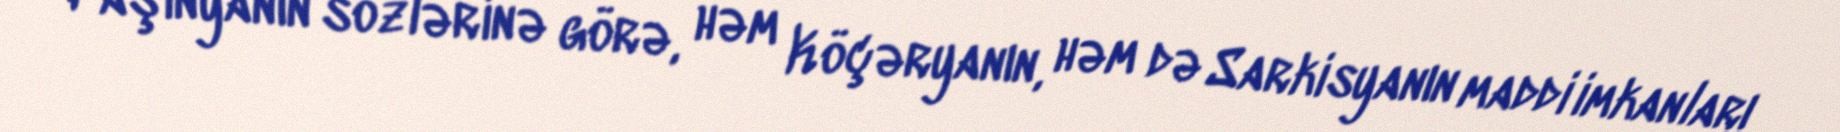
Paşinyanın sözlərinə görə, həm Köçəryanın, həm də Sarkisyanın maddi imkanları